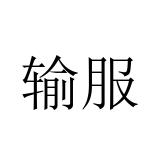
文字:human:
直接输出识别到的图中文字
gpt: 输服